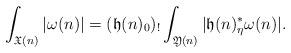
LaTeX: \begin{align*}\int_{\mathfrak X(n)}|\omega(n)|=(\mathfrak h(n)_0)_!\int_{\mathfrak Y(n)}|\mathfrak h(n)_{\eta}^*\omega(n)|.\end{align*}